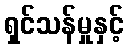
ရှင်သန်မှုနှင့်